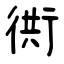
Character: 衖